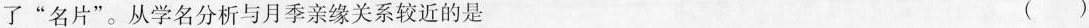
了”名片”。从学名分析与月季亲缘关系较近的是 ( )